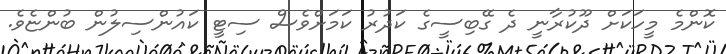
ކޮންމެ މީހަކަށް ދޫކުރާނީ ދެ ގޭބިސީގެ ކަދުރު ކަމަށްވެސް ސިޓީ ކައުންސިލުން ބުންޏެވެ.